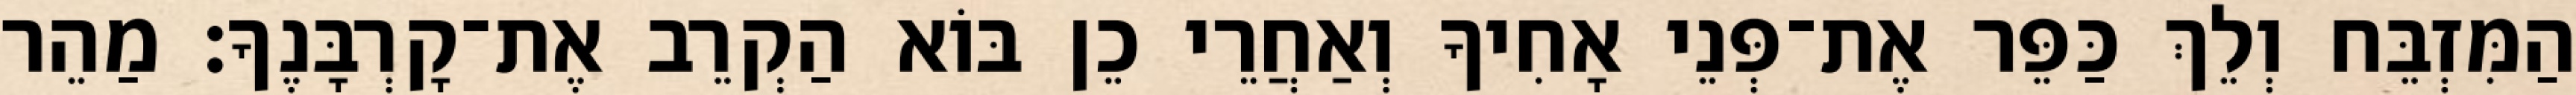
הַמִּזְבֵּח וְלֵךְ כַּפֵּר אֶת־פְּנֵי אָחִיךָ וְאַחֲרֵי כֵן בּוֹא הַקְרֵב אֶת־קָרְבָּנֶךָ׃ מַהֵר